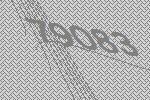
79083